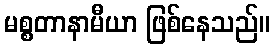
မစ္စတာနာမီယာ ဖြစ်နေသည်။